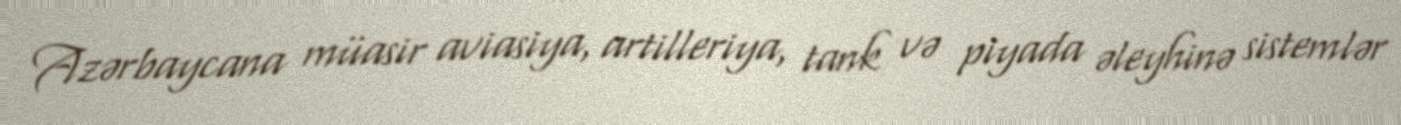
Azərbaycana müasir aviasiya, artilleriya, tank və piyada əleyhinə sistemlər